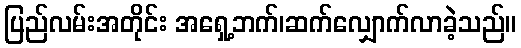
ပြည်လမ်းအတိုင်း အရှေ့ဘက်၊ဆက်လျှောက်လာခဲ့သည်။